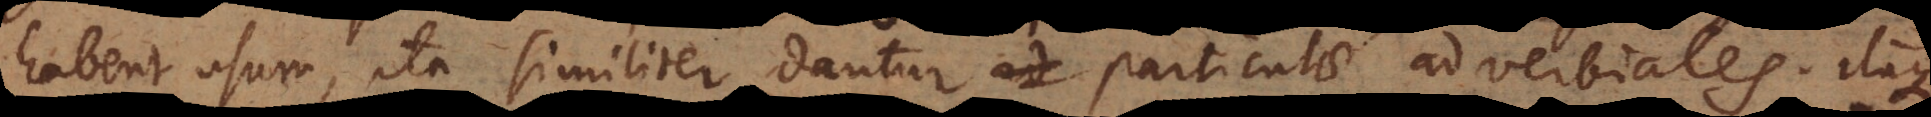
habent usum, ita similiter dantur particulae adverbiales. Itaque